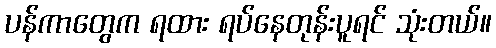
ပန်ကာတွေက ရထား ရပ်နေတုန်းပူရင် သုံးတယ်။